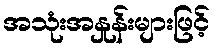
အသုံးအနှုန်းများဖြင့်